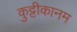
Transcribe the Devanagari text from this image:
कुट्टीकानम